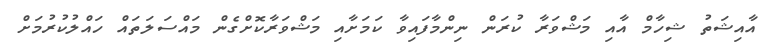
އާއިޝަތު ޝިހާމް އާއި މަޝްވަރާ ކުރަން ނިންމާފައިވާ ކަމަށާއި މަޝްވަރާކޮށްގެން މައްސަލަތައް ހައްލުކުރުމަށް